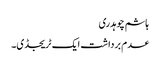
ہاشم چوہدری
عدم برداشت ایک ٹریجڈی۔